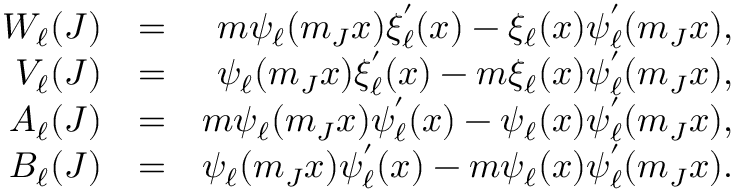
\begin{array} { r l r } { W _ { \ell } ( J ) } & { = } & { m \psi _ { \ell } ( m _ { J } x ) \xi _ { \ell } ^ { ' } ( x ) - \xi _ { \ell } ( x ) \psi _ { \ell } ^ { ' } ( m _ { J } x ) , } \\ { V _ { \ell } ( J ) } & { = } & { \psi _ { \ell } ( m _ { J } x ) \xi _ { \ell } ^ { ' } ( x ) - m \xi _ { \ell } ( x ) \psi _ { \ell } ^ { ' } ( m _ { J } x ) , } \\ { A _ { \ell } ( J ) } & { = } & { m \psi _ { \ell } ( m _ { J } x ) \psi _ { \ell } ^ { ' } ( x ) - \psi _ { \ell } ( x ) \psi _ { \ell } ^ { ' } ( m _ { J } x ) , } \\ { B _ { \ell } ( J ) } & { = } & { \psi _ { \ell } ( m _ { J } x ) \psi _ { \ell } ^ { ' } ( x ) - m \psi _ { \ell } ( x ) \psi _ { \ell } ^ { ' } ( m _ { J } x ) . } \end{array}